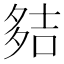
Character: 夡